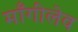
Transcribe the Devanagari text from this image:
माँगीलेव